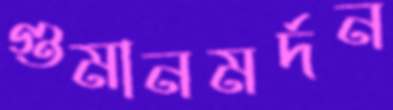
গুমানমর্দন